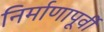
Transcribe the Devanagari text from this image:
निर्माणापूर्वी